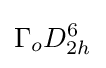
\Gamma _{o}D_{2h}^{6}